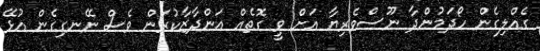
ގެއްލިގެން ހޯދަމުންދާ ނޫސްވެރިޔާ އަށް ވީ ގޮތެއް އަންދާޒާކުރަން ވެސް ނޭނގިގެން އުޅޭ